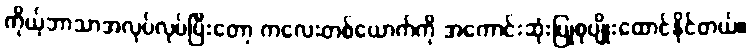
ကိုယ့်ဘာသာအလုပ်လုပ်ပြီးတော့ ကလေးတစ်ယောက်ကို အကောင်းဆုံးပြုစုပျိုးထောင်နိုင်တယ်။